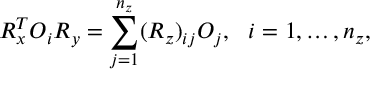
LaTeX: R _ { x } ^ { T } { \cal O } _ { i } R _ { y } = \sum _ { j = 1 } ^ { n _ { z } } ( R _ { z } ) _ { i j } { \cal O } _ { j } , \ \ i = 1 , \ldots , n _ { z } ,